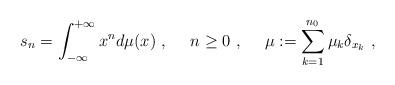
LaTeX: \begin{gather*} s_{n}= \int\nolimits_{-\infty}^{+\infty} x^{n} d \mu (x) \ , \ \ \ \ n \geq 0 \ , \ \ \ \ \mu := \sum_{k=1}^{n_{0}} \mu_{k} \delta_{x_{k}} \ , \end{gather*}